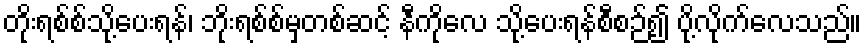
တိုးရစ်စ်သို့ပေးရန်၊ ဘိုးရစ်စ်မှတစ်ဆင့် နီကိုလေ သို့ပေးရန်စီစဉ်၍ ပို့လိုက်လေသည်။